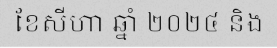
ខែសីហា ឆ្នាំ ២០២៤ និង